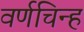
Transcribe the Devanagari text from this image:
वर्णचिन्ह